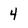
Character: 4